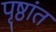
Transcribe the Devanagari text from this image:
पृष्ठांत